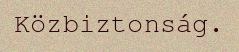
Közbiztonság.